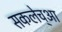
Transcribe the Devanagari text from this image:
सकलेच्आ